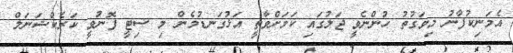
އެމަނިކުފާނު މިވަގުތު ހުންނެވީ ޖަލުގައި ކަަމަށްވާތީ އަޅުގަނޑުމެން މި ސިޓީ ފޮނުވީ ކަރެކްޝަނަލް